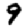
Digit: 9